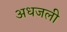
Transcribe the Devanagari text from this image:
अधजली